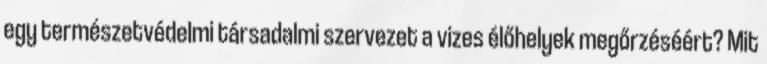
egy természetvédelmi társadalmi szervezet a vizes élőhelyek megőrzéséért? Mit